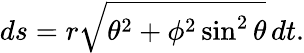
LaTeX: ds=r{\sqrt{\theta^{2}+\phi^{2}\sin^{2}\theta}}\, dt.